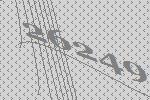
26249